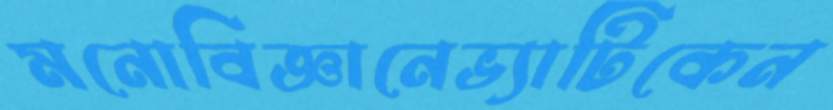
মনোবিজ্ঞানেভ্যাটিকেন